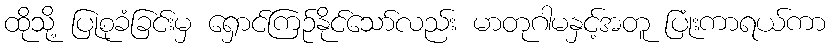
ထိုသို့ ပြုစုခံခြင်းမှ ရှောင်ကြဉ်နိုင်သော်လည်း မာတုဂါမနှင့်အတူ ပြုံးကာရယ်ကာ